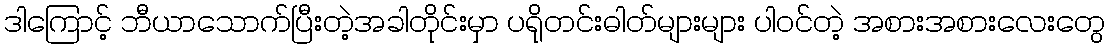
ဒါကြောင့် ဘီယာသောက်ပြီးတဲ့အခါတိုင်းမှာ ပရိုတင်းဓါတ်များများ ပါဝင်တဲ့ အစားအစားလေးတွေ